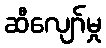
ဆီလျော်မှု